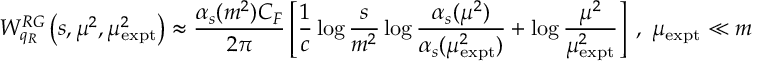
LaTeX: W _ { q _ { R } } ^ { R G } \left( s , \mu ^ { 2 } , \mu _ { \mathrm { e x p t } } ^ { 2 } \right) \approx \frac { \alpha _ { s } ( m ^ { 2 } ) C _ { F } } { 2 \pi } \left[ \frac { 1 } { c } \log \frac { s } { m ^ { 2 } } \log \frac { \alpha _ { s } ( \mu ^ { 2 } ) } { \alpha _ { s } ( \mu _ { \mathrm { e x p t } } ^ { 2 } ) } + \log \frac { \mu ^ { 2 } } { \mu _ { \mathrm { e x p t } } ^ { 2 } } \right] \; , \; \mu _ { \mathrm { e x p t } } \ll m